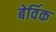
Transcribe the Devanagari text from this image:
बेर्विक